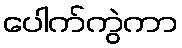
ပေါက်ကွဲကာ